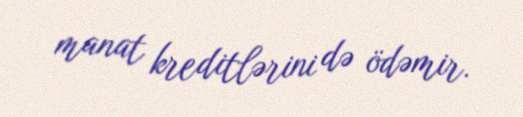
manat kreditlərini də ödəmir.